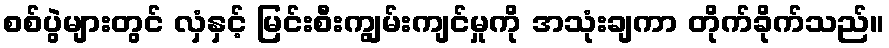
စစ်ပွဲများတွင် လှံနှင့် မြင်းစီးကျွမ်းကျင်မှုကို အသုံးချကာ တိုက်ခိုက်သည်။